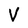
Character: V